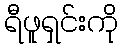
ရီဖူရှင်းကို